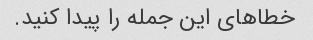
خطاهای این جمله را پیدا کنید.